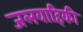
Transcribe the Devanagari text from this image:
जलवाहिकी